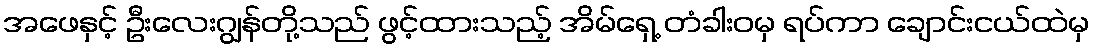
အဖေနှင့် ဦးလေးဂျွန်တို့သည် ဖွင့်ထားသည့် အိမ်ရှေ့ တံခါးဝမှ ရပ်ကာ ချောင်းငယ်ထဲမှ